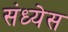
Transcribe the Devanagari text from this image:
संध्येस